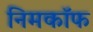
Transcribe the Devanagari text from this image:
निमकॉफ